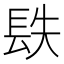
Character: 镻